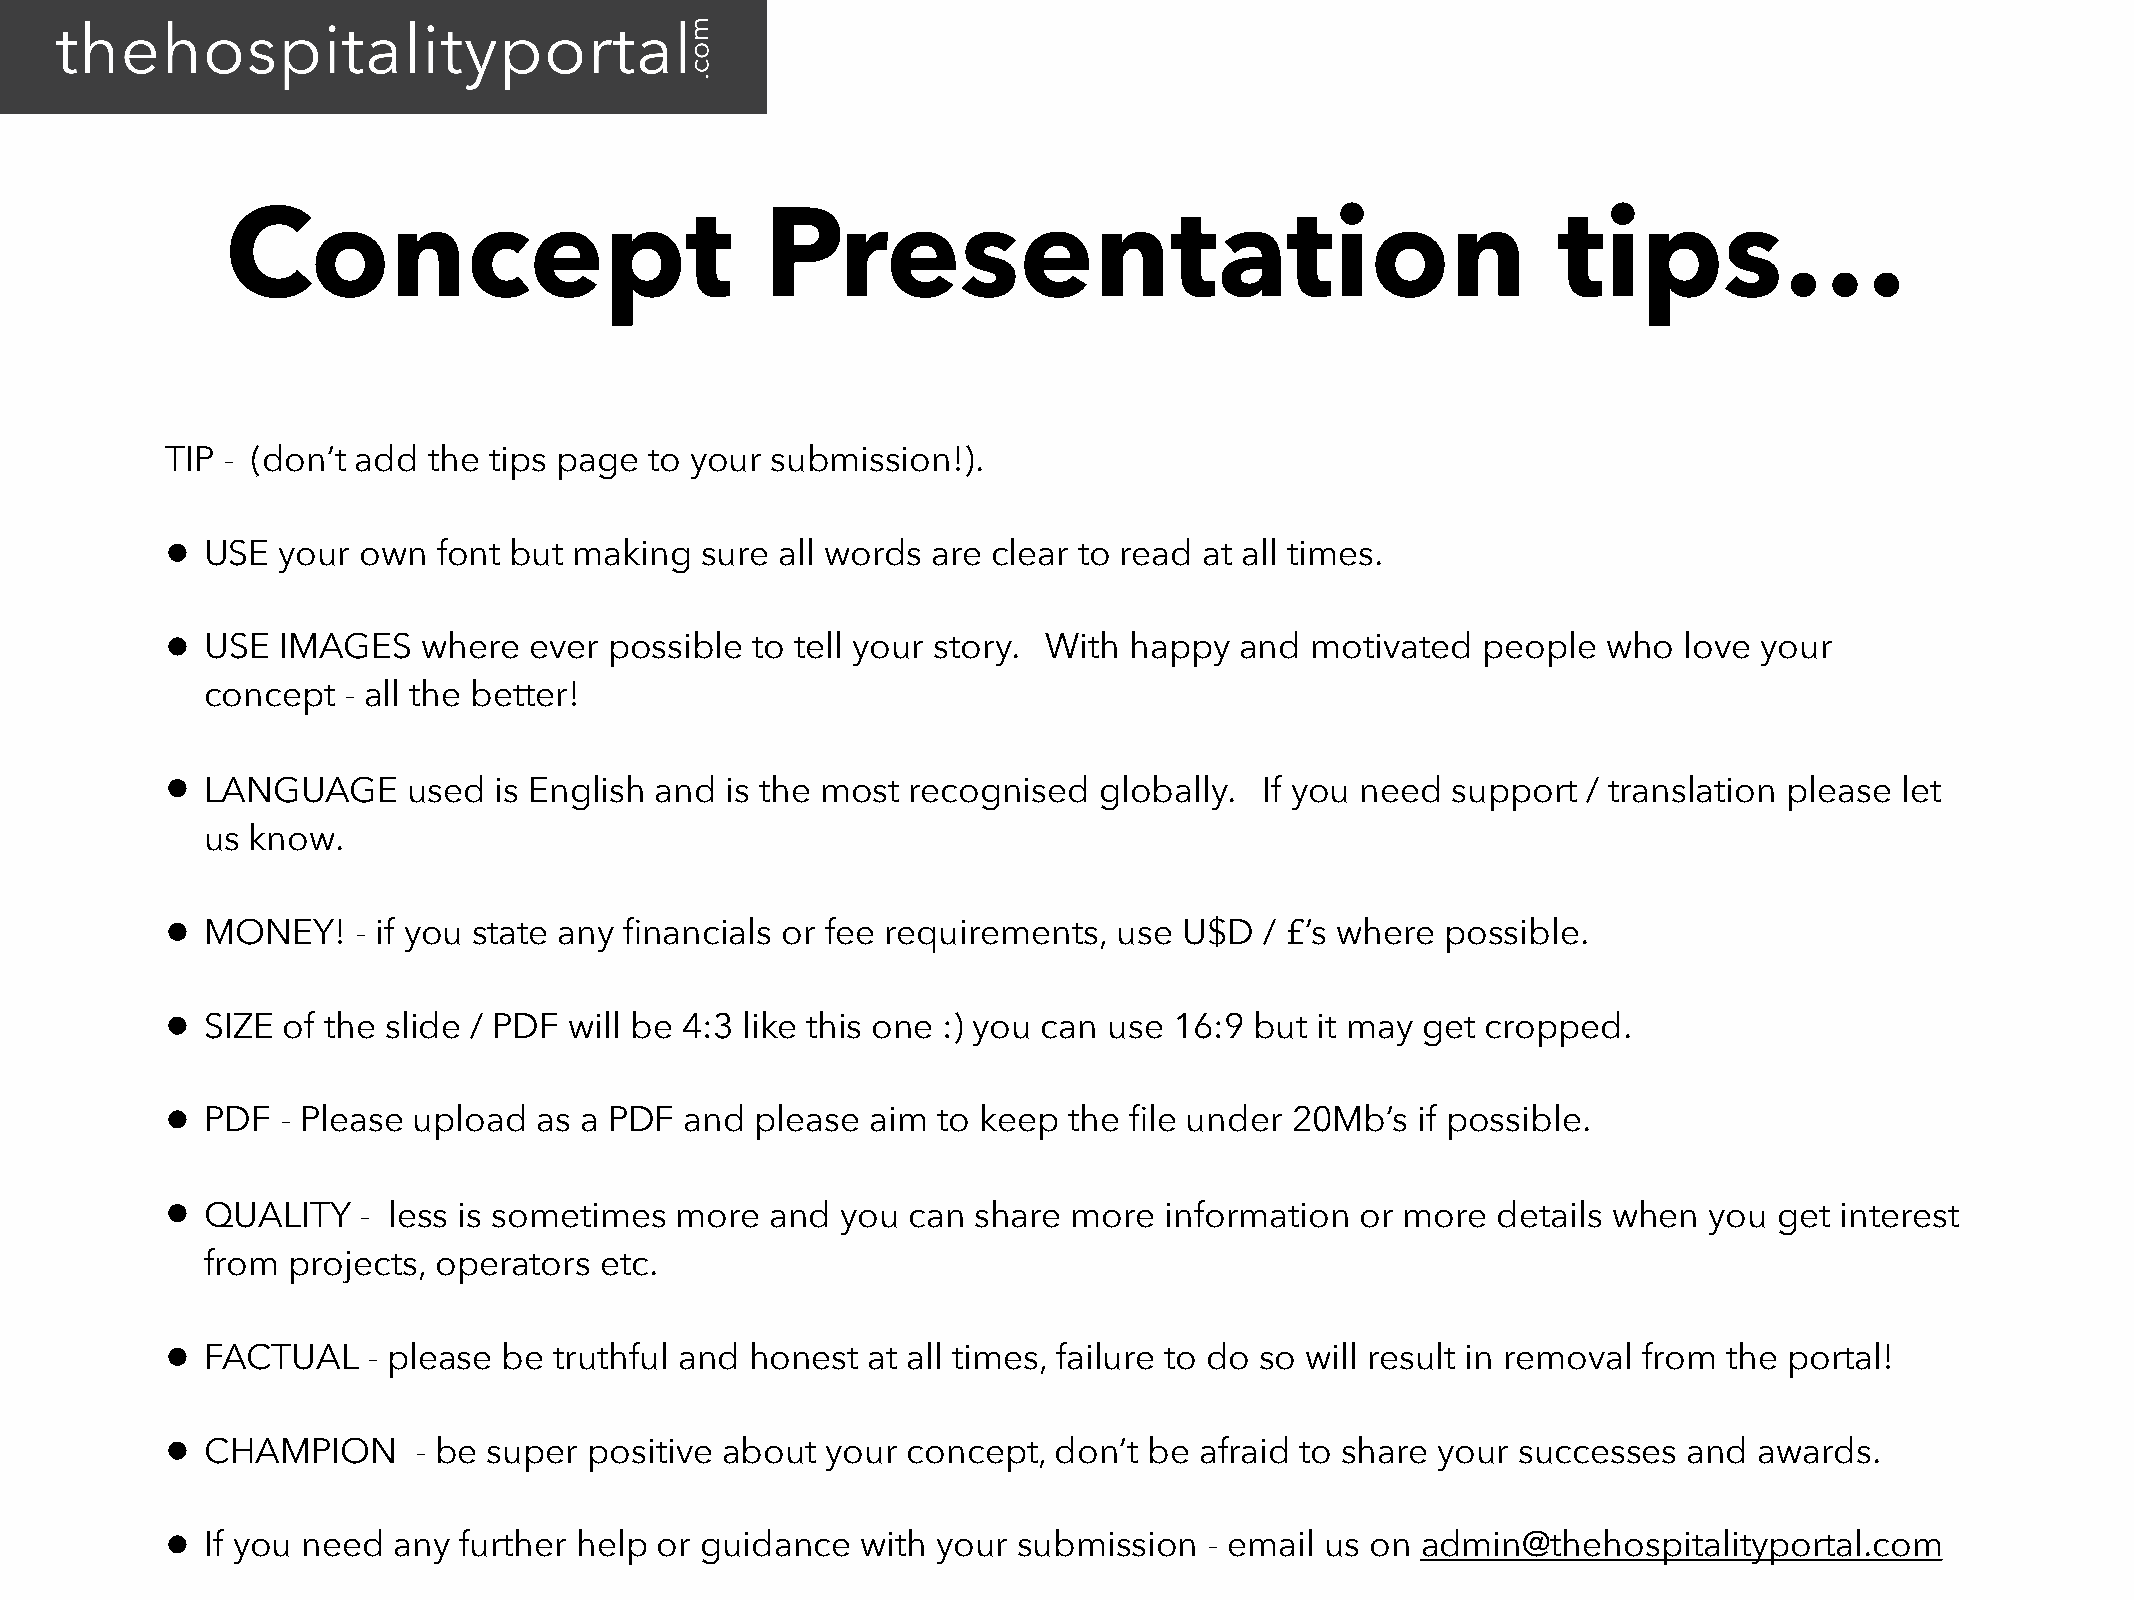
Concept                             Presentation                                        tips…
 TIP - (don’t add the tips page  to your submission!).
 •  USE your  own  font but making  sure  all words are clear to read at all times.
 •  USE IMAGES    where  ever possible  to tell your story. With happy  and  motivated  people  who  love  your
 concept  - all the better!
 •  LANGUAGE     used  is English and is the most recognised   globally.  If you need support  / translation please let
 us know.
 •  MONEY!    - if you state any financials or fee requirements, use U$D  / £’s where possible.
 •  SIZE of the slide / PDF will be 4:3 like this one :) you can use 16:9 but it may get cropped.
 •  PDF  - Please upload  as a PDF and  please  aim to keep  the file under 20Mb’s  if possible.
 •  QUALITY   - less is sometimes  more  and  you can  share more  information  or more  details when  you  get interest
 from projects, operators  etc.
 •  FACTUAL   - please be  truthful and honest at all times, failure to do so will result in removal from the portal!
 •  CHAMPION      - be super positive about  your concept,  don’t be afraid to share your  successes  and awards.
 •  If you need any further help  or guidance  with your submission   - email us on admin@thehospitalityportal.com